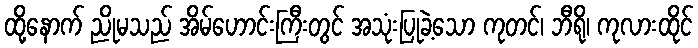
ထို့နောက် ညိုမသည် အိမ်ဟောင်းကြီးတွင် အသုံးပြုခဲ့သော ကုတင်၊ ဘီရို၊ ကုလားထိုင်